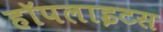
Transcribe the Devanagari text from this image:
हॉपलाइटस